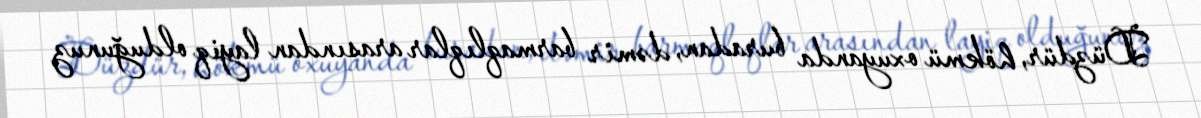
Düzdür, hökmü oxuyanda buradan, dəmir barmaqlıqlar arasından layiq olduğunuz